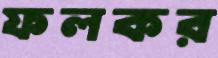
ফলকর